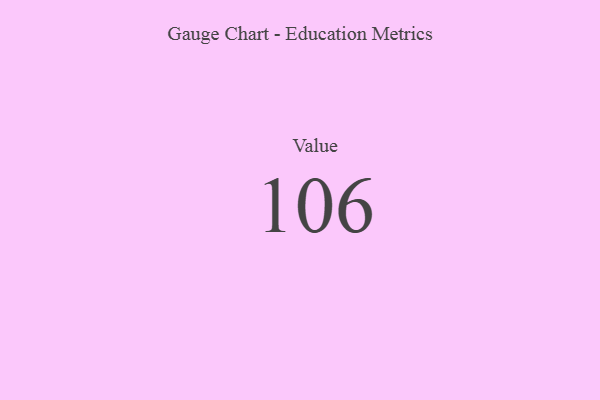
{"axis": {"x": "Metric", "y": "Value"}, "legend": [""], "data": [{"x": "Value", "y": 106, "type": ""}]}